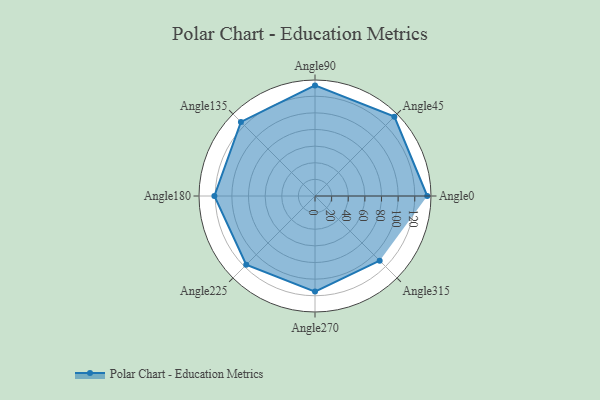
{"axis": {"x": "Angle", "y": "Radius"}, "legend": [""], "data": [{"x": "Angle0", "y": 135.0, "type": ""}, {"x": "Angle45", "y": 135.0, "type": ""}, {"x": "Angle90", "y": 133.0, "type": ""}, {"x": "Angle135", "y": 126.0, "type": ""}, {"x": "Angle180", "y": 121.0, "type": ""}, {"x": "Angle225", "y": 117.0, "type": ""}, {"x": "Angle270", "y": 115.0, "type": ""}, {"x": "Angle315", "y": 110.0, "type": ""}]}